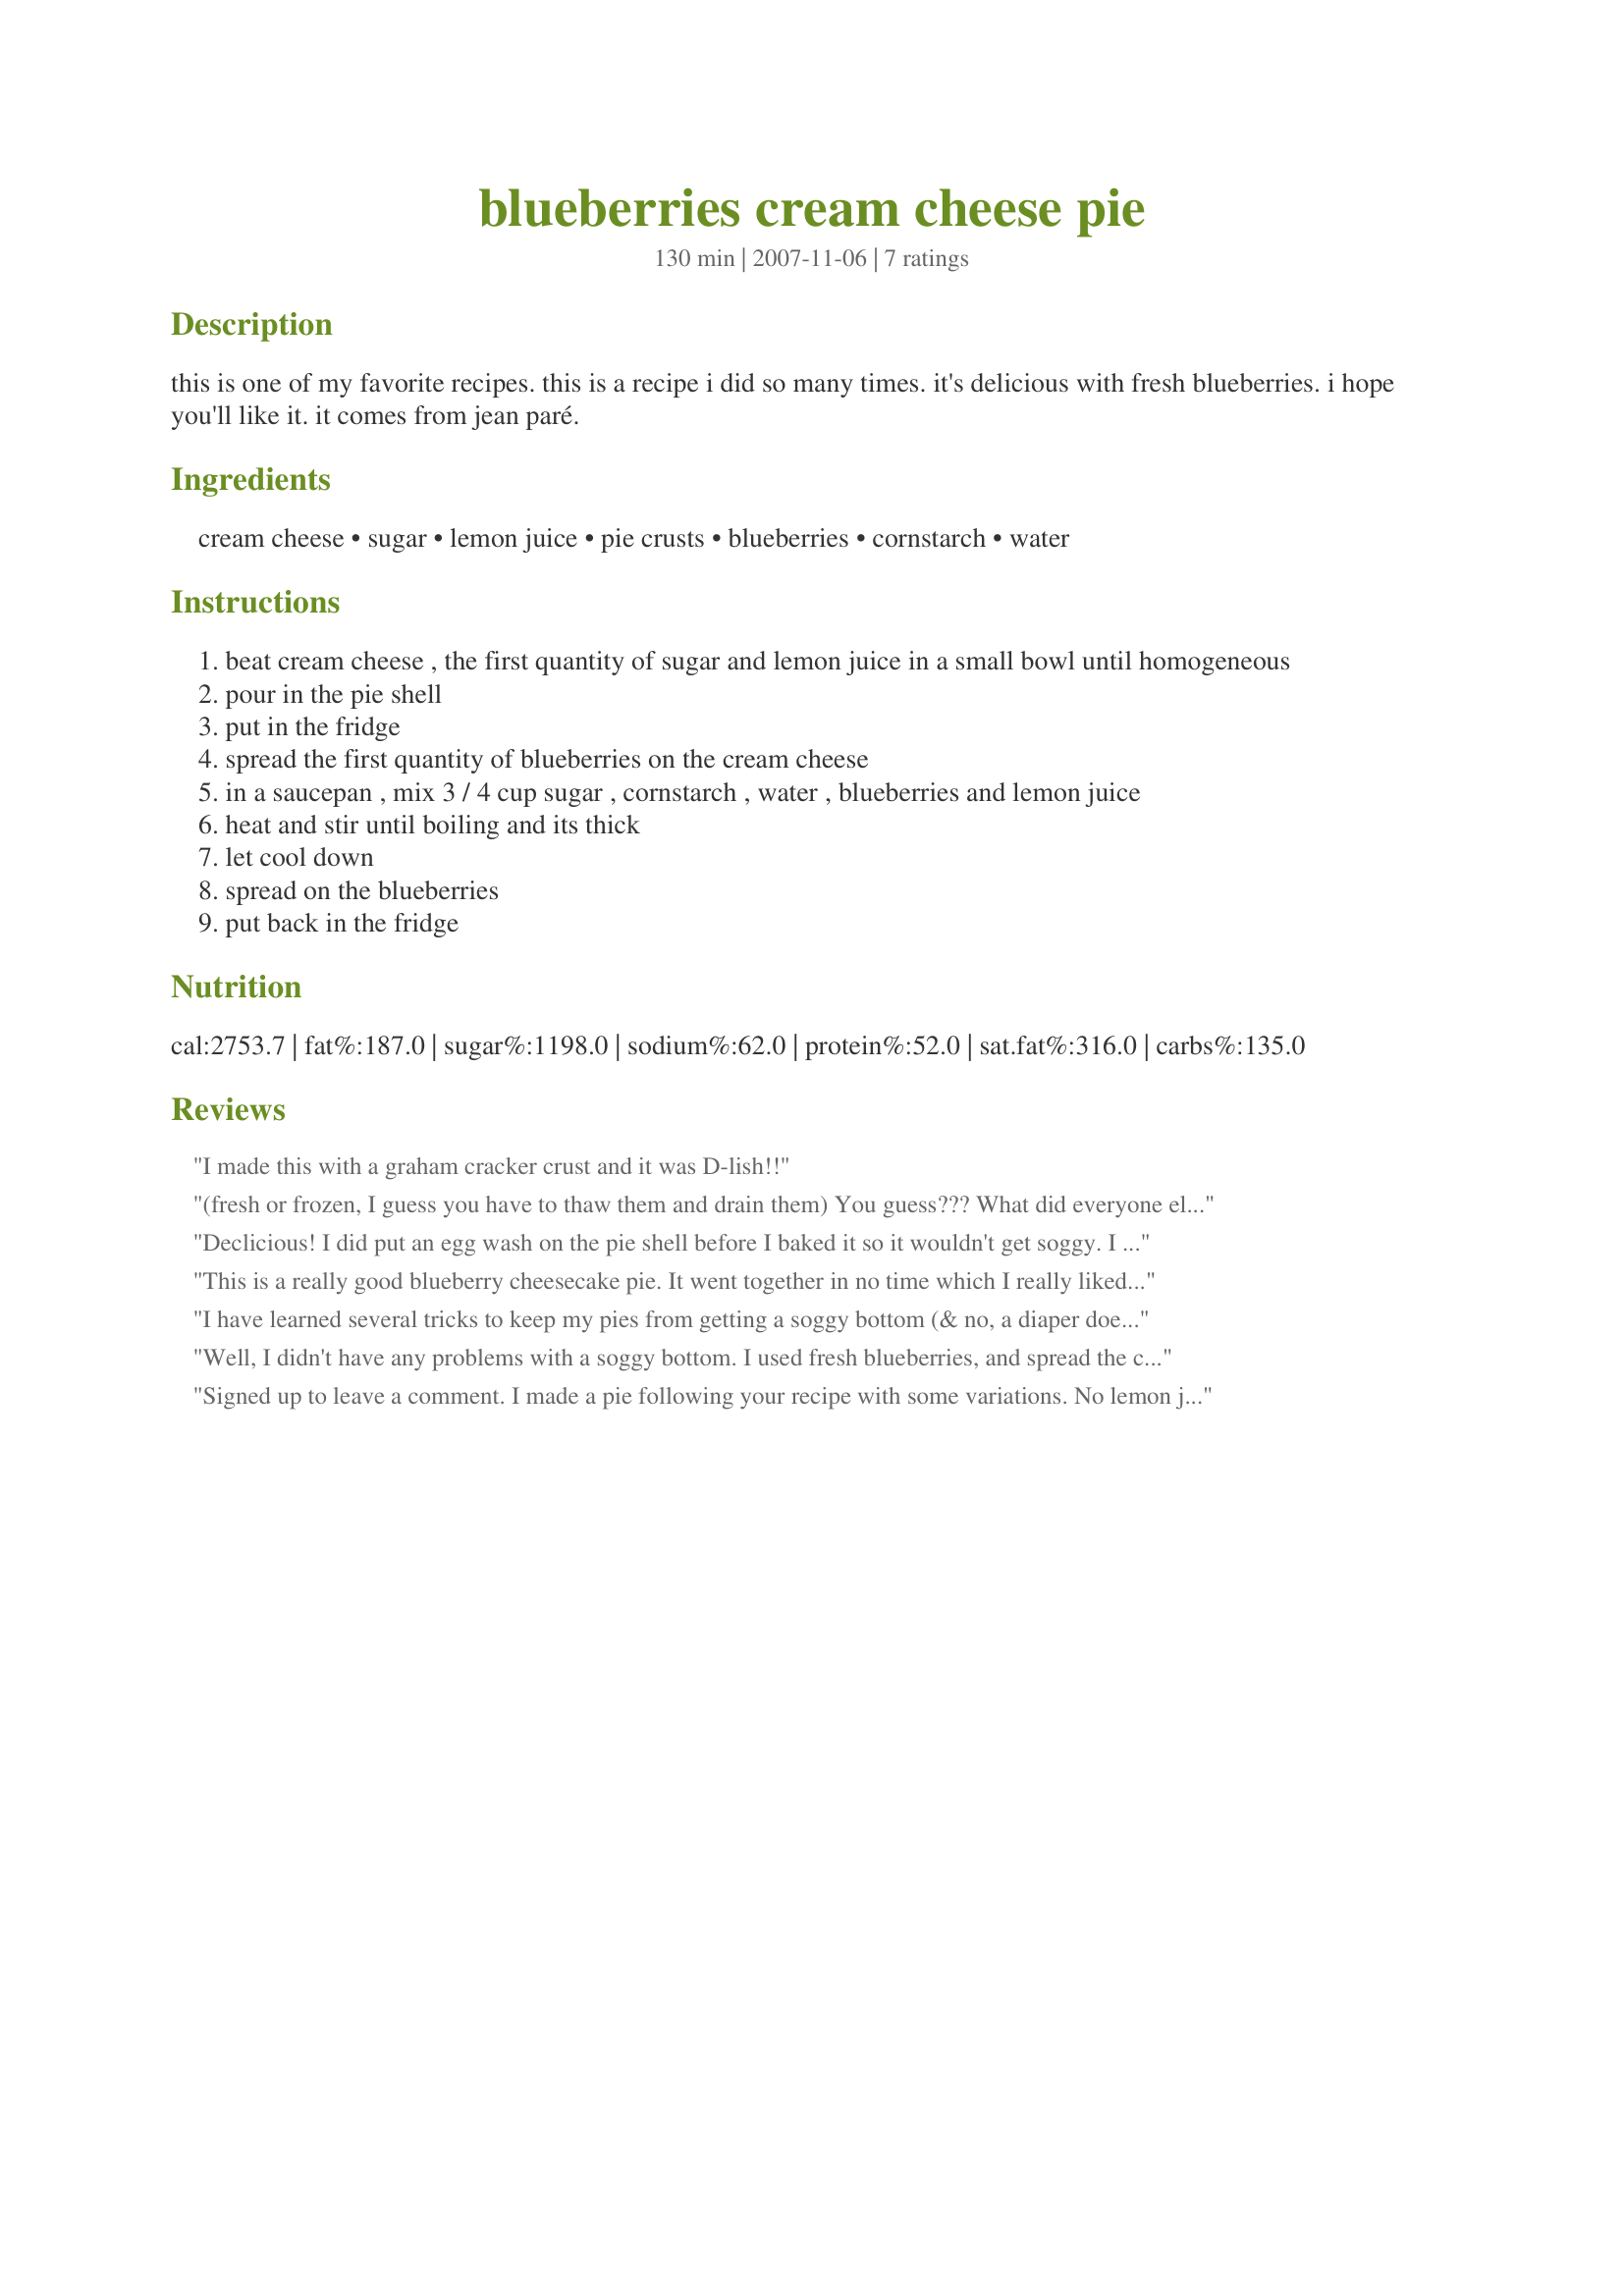
blueberries cream cheese pie
Preparation time: 130 minutes

this is one of my favorite recipes. this is a recipe i did so many times. it's delicious with fresh blueberries. i hope you'll like it. it comes from jean paré.

Ingredients:
cream cheese, sugar, lemon juice, pie crusts, blueberries, cornstarch, water

Steps:
beat cream cheese , the first quantity of sugar and lemon juice in a small bowl until homogeneous
pour in the pie shell
put in the fridge
spread the first quantity of blueberries on the cream cheese
in a saucepan , mix 3 / 4 cup sugar , cornstarch , water , blueberries and lemon juice
heat and stir until boiling and its thick
let cool down
spread on the blueberries
put back in the fridge

Reviews:
I made this with a graham cracker crust and it was D-lish!!
(fresh or frozen, I guess you have to thaw them and drain them) You guess??? What did everyone else do???
Declicious! I did put an egg wash on the pie shell before I baked it so it wouldn't get soggy. I didn't have lemon juice so I used tangerine juice.
This is a really good blueberry cheesecake pie. It went together in no time which I really liked. My only (slight) problem being the crust got soggy quickly. That could have been because my blueberries were initially frozen. I thought they had thawed enough, but apparently not. It was still really really good and enjoyed by all. Thanks France~
Made for NewZaar Stars 08'
I have learned several tricks to keep my pies from getting a soggy bottom (& no, a diaper doesn't work all that well!) ~ In this case, I brushed a beaten egg over the INSIDE bottom of the pie crust (unbaked) & baked it completely before letting it cool & then filling it ~ At times I've used instead a thin coating of melted chocolate! Anyway, this VERY TASTY PIE went together very quickly & was much enjoyed! Next time I might just have to try it with a layer of chocolate! Thanks for sharing! [Tagged, made & reviewed in Beverage Tag]
Well, I didn't have any problems with a soggy bottom. I used fresh blueberries, and spread the cream cheese layer very evenly. This came together quite fast. The stovetop blueberry mixture seems to quicken quite suddenly, so you do have to watch it. Everyone really enjoyed this pie, and I will be making it again. Thanks for posting this. Made for Please Review my Recipe Tag Game.
Signed up to leave a comment.
I made a pie following your recipe with some variations. No lemon juice and used Brown sugar instead of real sugar because that&#039;s what i had. I also used a fiff. Crust recipe because I found yours after. Anyway lol it came out nicely. Was your cream cheese part thick? Thank you for sharing
